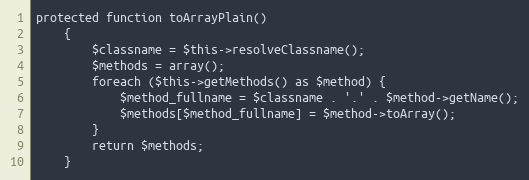
Language: PHP
protected function toArrayPlain()
    {
        $classname = $this->resolveClassname();
        $methods = array();
        foreach ($this->getMethods() as $method) {
            $method_fullname = $classname . '.' . $method->getName();
            $methods[$method_fullname] = $method->toArray();
        }
        return $methods;
    }